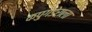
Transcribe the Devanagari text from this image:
कपुगेडेराला